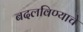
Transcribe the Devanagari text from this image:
बदलविण्याचे